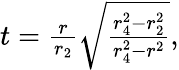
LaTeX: \begin{array}{r}{t=\frac{r}{r_{2}}\sqrt{\frac{r_{4}^{2}-r_{2}^{2}}{r_{4}^{2}-r^{2}}},}\end{array}